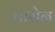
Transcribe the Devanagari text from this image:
तारोन